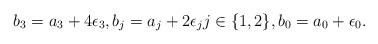
LaTeX: \begin{align*} b_3 = a_3 +4 \epsilon_3, b_j = a_j + 2\epsilon_j j \in \{1,2\}, b_0 = a_0 + \epsilon_0.\end{align*}